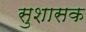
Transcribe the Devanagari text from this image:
सुशासक